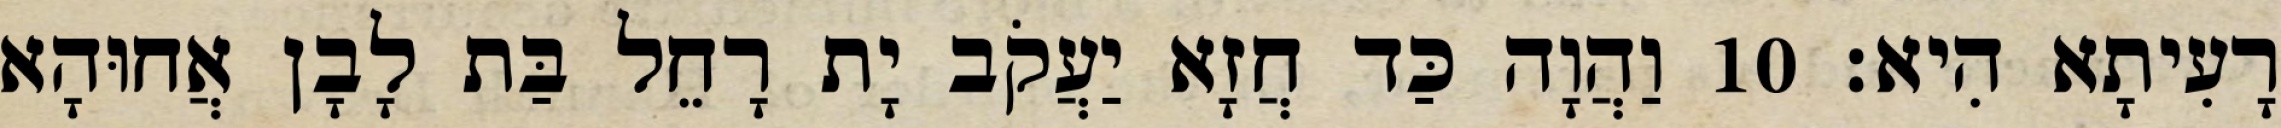
רָעִיתָא הִיא׃ 10 וַהֲוָה כַּד חֲזָא יַעֲקֹב יָת רָחֵל בַּת לָבָן אֲחוּהָא